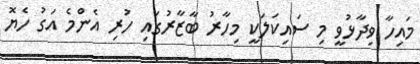
މައިހާ ވިދާޅުވީ މި ސައިކަލަކީ މިހާރު ބާޒާރުގައި ހުރި އެންމެ އަގު ހެޔޮ